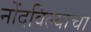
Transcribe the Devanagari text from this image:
नोंदविल्याचा